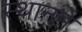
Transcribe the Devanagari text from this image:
स्थानमे